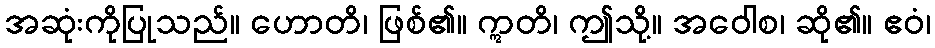
အဆုံးကိုပြုသည်။ ဟောတိ၊ ဖြစ်၏။ ဣတိ၊ ဤသို့။ အဝေါစ၊ ဆို၏။ ဧဝံ၊